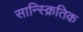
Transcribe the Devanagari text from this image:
सान्स्क्रितिक